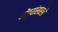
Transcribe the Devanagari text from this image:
मेंढ्यांसारखे